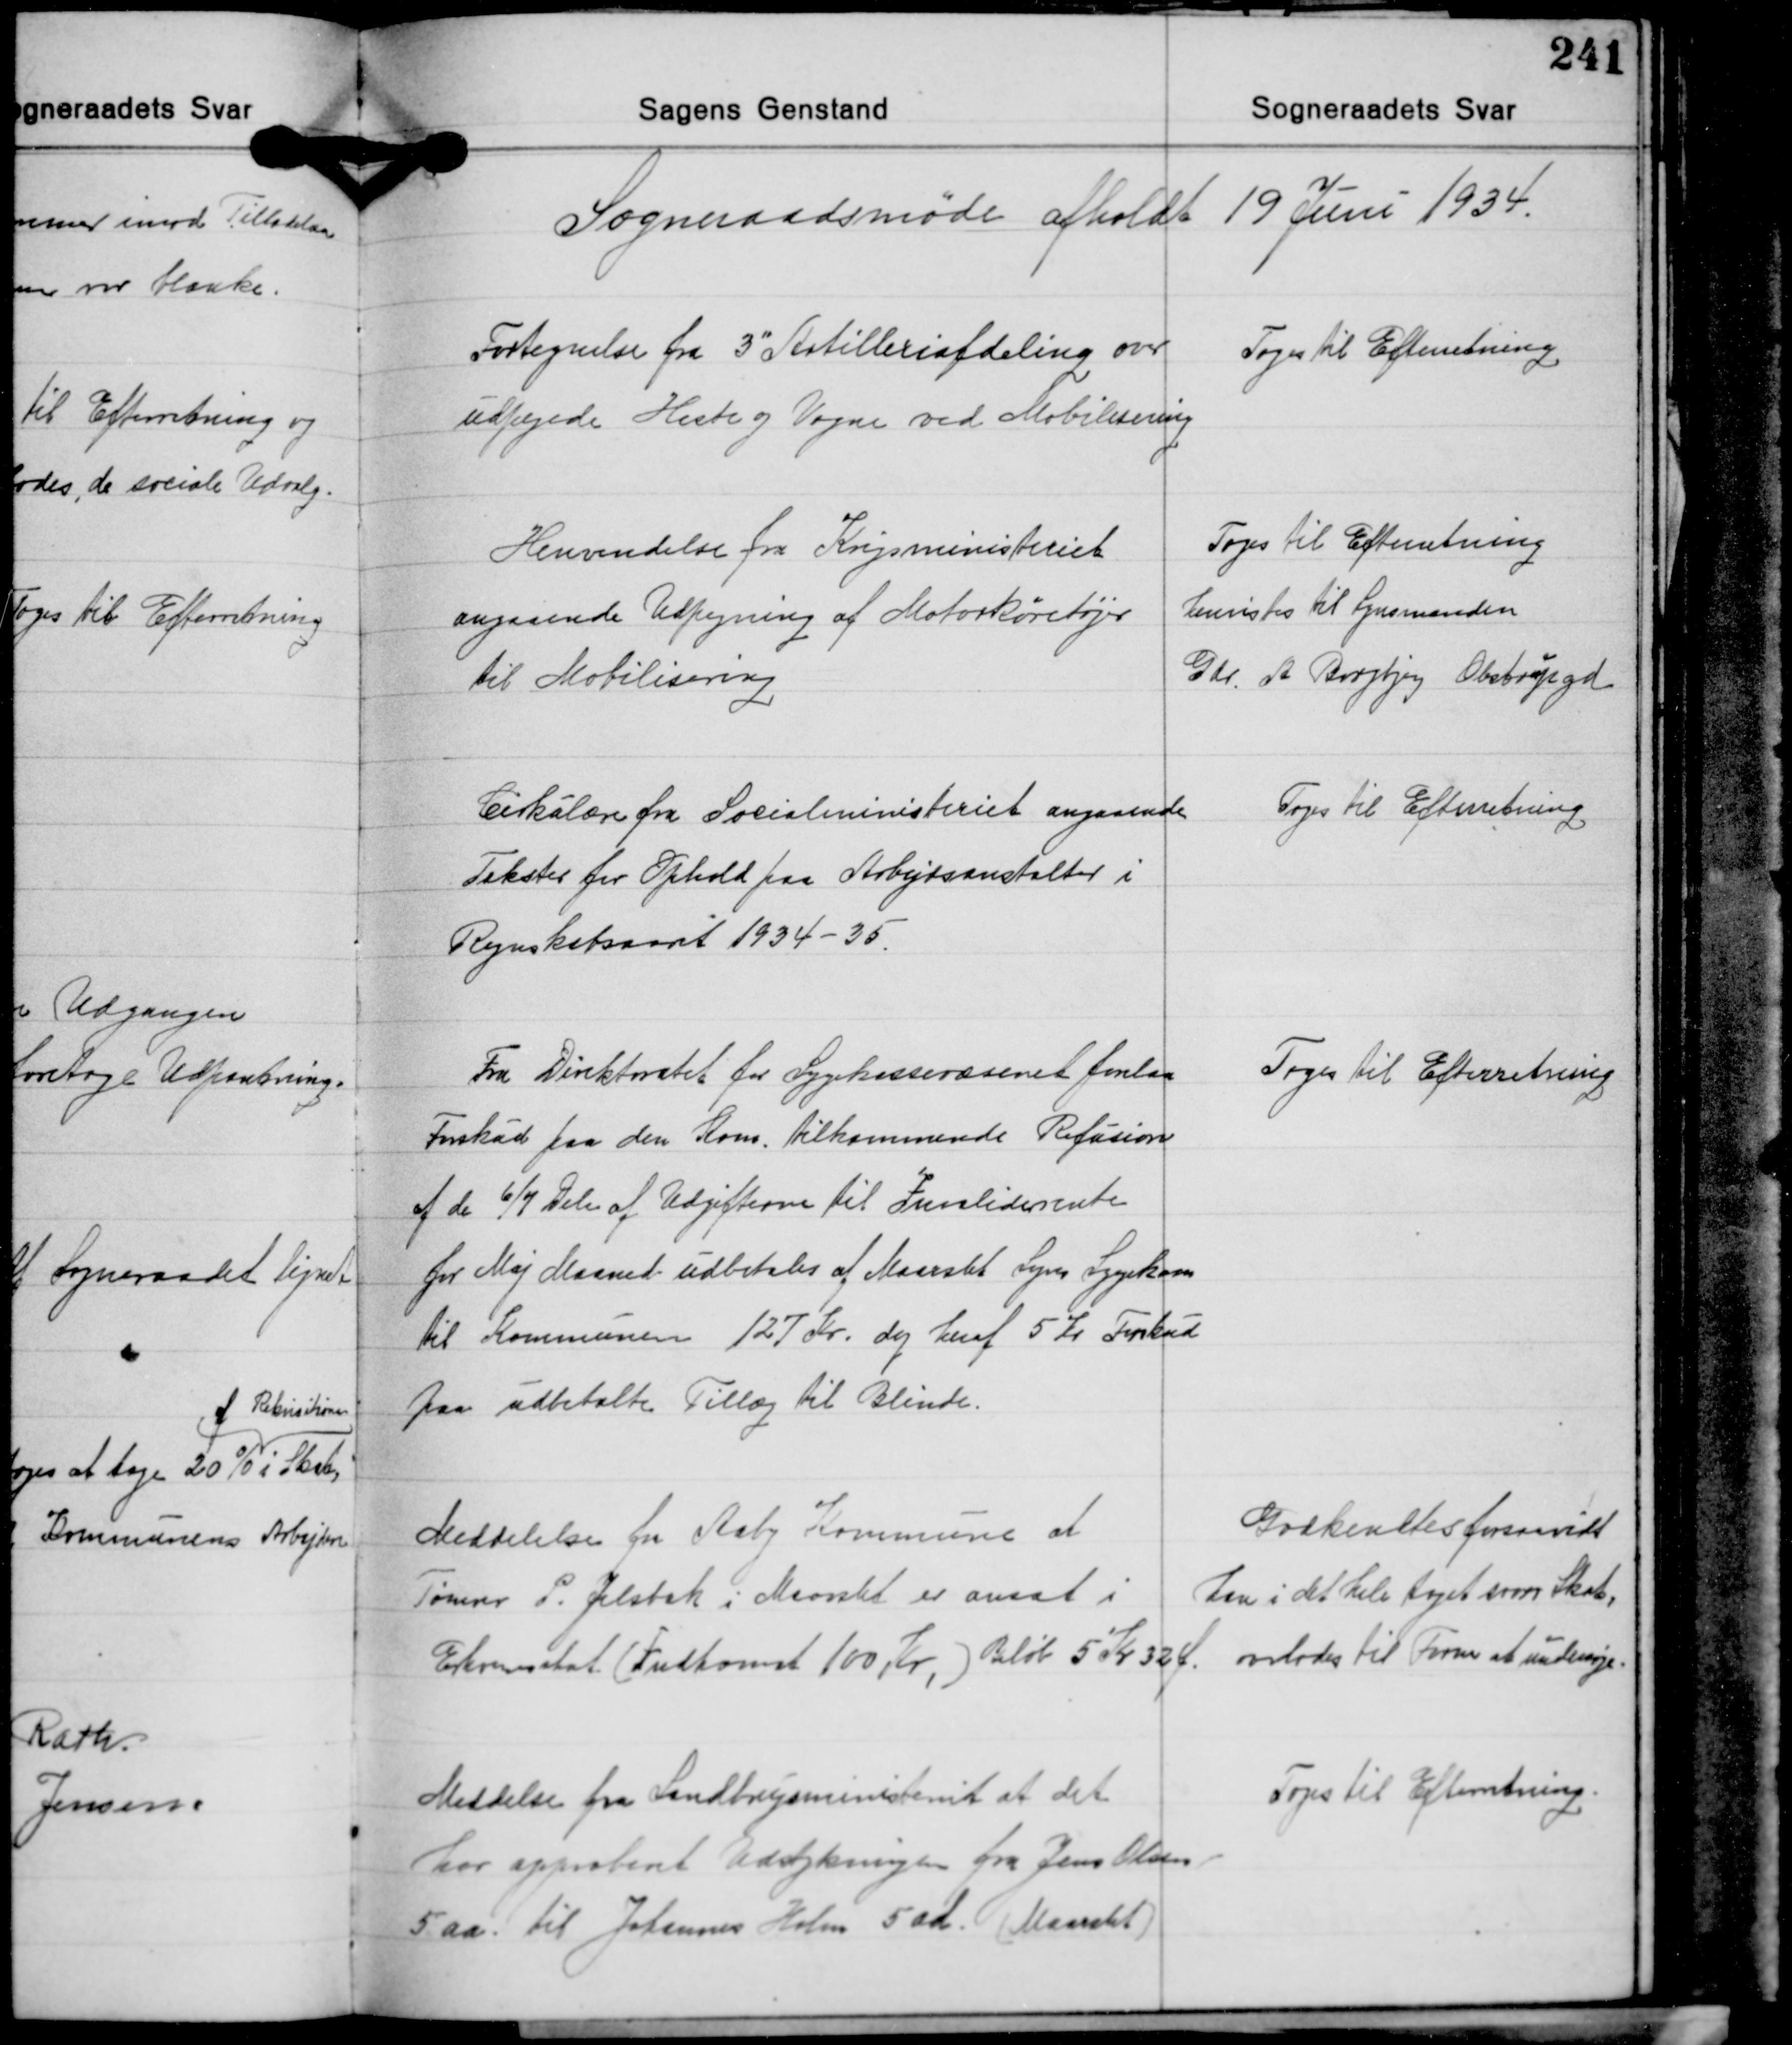
Transskription:
Sogneraadsmøde afholdt 19 Juni 1934.

Fortegnelse fra 3" Artilleriafdeling over
udpegede Heste og Vogne ved Mobilisering

Toges til Efterretning

Henvendelse fra Krigsministeriet
angaaende Udpegning af Motorkøretøjer
til Mobilisering

Toges til Efterretning
Henvistes til Synsmanden
Gdr. A Borgbjerg Obstrupgd.

Cirkulære fra Socialministeriet angaaende
Takster for Ophold paa Arbejdsanstalter i
Renskabsaaret 1934-35.

Toges til Efterretning

Fra Direktoratet for Sygekassevæsenet forelaa
Forskud paa den Kom. tilkommende Refusion
af de 6/7 Dele af Udgifterne til Invaliderente
for Maj Maaned udbetales af Maarslet Sogns Sygekasse
til Kommunen 127 Kr. dog heraf 5 Kr Forskud
paa udbetalte Tillæg til Blinde.

Toges til Efterretning

Meddelelse fra Aaby Kommune at
Tømrer P. Jelsbæk i Maarslet er ansat i
Erhversskat (Indkomst 100 Kr.) Beløb 5 Kr. 32 Ø.

Godkendtes forsaavidt
han i det hele taget svarer Skat,
overlodes til Form. at undersøge.

Toges til Efterretning.

Meddelse fra Landbrugsministeriet at det
har approberet Udstykningen fra Jens Olsen
5aa. til Johannes Holm 5 ad. (Maarslet)